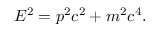
E ^ { 2 } = p ^ { 2 } c ^ { 2 } + m ^ { 2 } c ^ { 4 } .